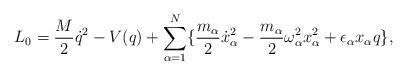
LaTeX: \begin{align*}L_{0} = \frac{M}{2}{\dot{q}}^{2} - V(q) + \sum_{\alpha=1}^{N}\{\frac{m_{\alpha}}{2}{\dot{x}_{\alpha}}^{2} -\frac{m_{\alpha}}{2}\omega_{\alpha}^{2}x_{\alpha}^{2} +{\epsilon}_{\alpha}x_{\alpha}q \} ,\end{align*}